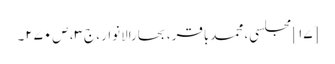
[۱۷] مجلسی، محمدباقر، بحارالانوار، ج‌۳، ص‌۲۷۰۔